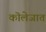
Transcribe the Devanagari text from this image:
कॊलेजात